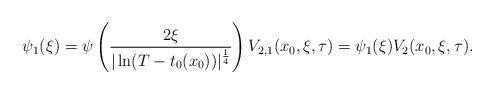
LaTeX: \begin{align*}\psi_1 (\xi) = \psi \left( \frac{2\xi}{ |\ln (T -t_0 (x_0))|^{\frac{1}{4}}} \right) V_{2,1} (x_0, \xi, \tau) = \psi_1 (\xi) V_2 (x_0,\xi, \tau).\end{align*}